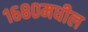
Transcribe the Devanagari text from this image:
१६८०मधील